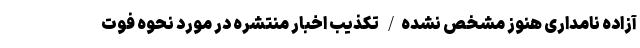
آزاده نامداری هنوز مشخص نشده/ تکذیب اخبار منتشره در مورد نحوه فوت